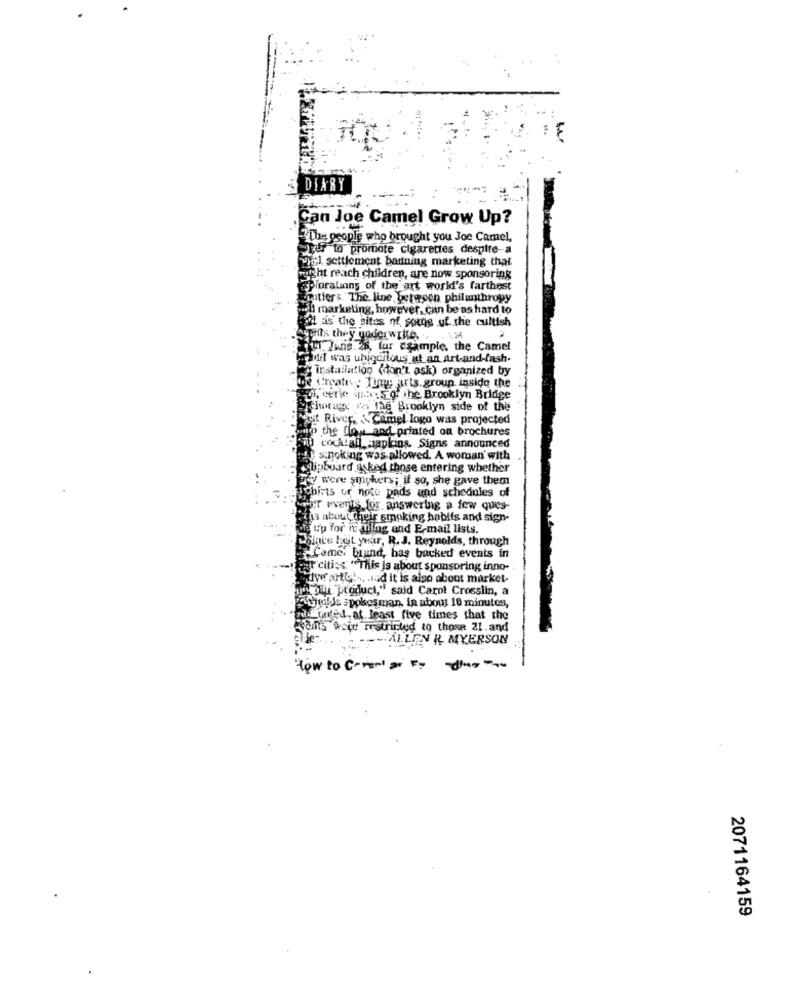
DIARY
Can Joe Camel Grow Up?
The people who brought you Joe Camel,
ger to promote cigarettes despite-a
wheel settlement bantning marketing that
ight reach children, are now sponsoring
Pioralinns of the art world's farthest
poitiers The line between philanthropy
- marketing, however, can be as hard to
ford as the sites of some of the cultish
esprits they underwrite. . .
i'm Iwns.26, fur csample, the Camel
Lowil was uhigurious at an art-and-fash-
" installation (don't ask) organized by
Create : Timy arts. group inside the
-Ah, terie jpto the Brooklyn Bridge
chorage vo the Brooklyn side of the
st River. Camel logo was projected
with the flow and printed on brochures
cocktail saplans. Signs announced
s:noking was allowed. A woman with
clipboard asked those entering whether
zey were smokers; if so, she gave them
shirts or note pinds and schedules of
ryT everly for answering a few ques-
its about Their smoking habits and sign-
i up for it plug and E-mail lists.
Esince hot your, R. J. Reynolds, through
Come: brund, has backed events in
for cities. "This is about sponsoring inno-
Powerarty !... . lad it is also about market-
ps pi product," said Carol Crosslin, a
Guilde spokesman, in about 10 minutes,
"wii onted, at least five times that the
Hans weid restricted to those 21.and
... Al. LIEN R MYERSON
"tow to C -== = == ---
2071164159